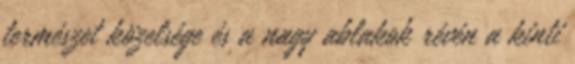
természet közelsége és a nagy ablakok révén a kinti